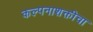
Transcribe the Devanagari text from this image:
कल्पनाशक्तीचा